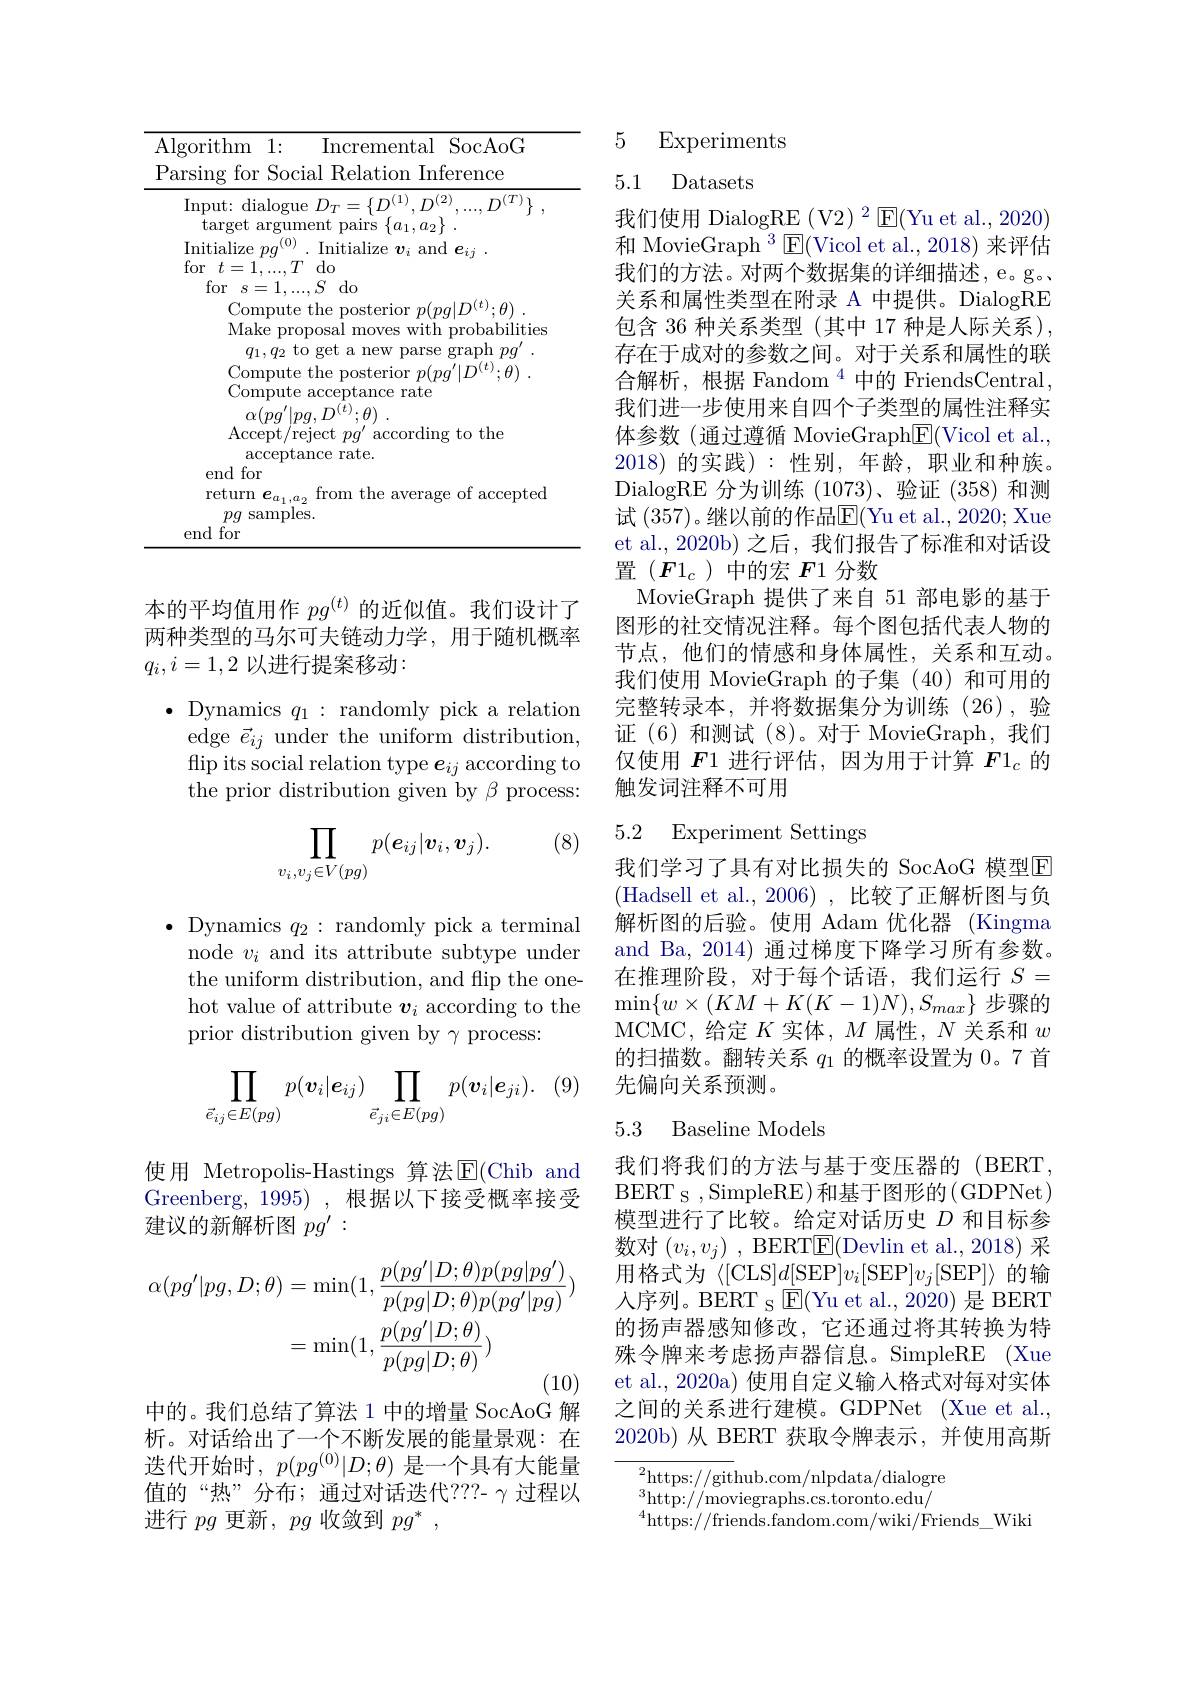
<table>
	<tbody>
		<tr>
			<td>$AI$</td>
			<td>ithm 1: $\therefore$ Incremental SocAoG ng for Social Relation Inference</td>
		</tr>
		<tr>
			<td> </td>
			<td>${\mathrm{out:~dialogue~}}D_{T}=\{D^{(1)},D^{(2)}$ 111 target argument pairs</td>
		</tr>
		<tr>
			<td> </td>
			<td>$\operatorname{tialize}pg$ (0) Initialize $v_i$ and $e_ij$ $f-$ :1. $TT$ $d_{0}$</td>
		</tr>
		<tr>
			<td> </td>
			<td>end for return $e_{a_1,a_2}$ from the average of accepted $pg$ samples. $d$for</td>
		</tr>
	</tbody>
</table>

本的平均值用作$pg^{(t)}$的近似值。我们设计了两种类型的马尔可夫链动力学，用于随机概率$q_i,i=1,2$以进行提案移动：

$\bullet$ Dynamics $q_1:$ randomly pick a relation
edge $\vec{e}_{ij}$ under the uniform distribution, $\operatorname*{flip}$ its social relation type $e_ij$ according to the prior distribution given by $\beta$ process:

(8)
$$\prod_{v_i,v_j\in V(pg)}p(e_{ij}|\boldsymbol{v}_i,\boldsymbol{v}_j).$$
$\bullet$ Dynamics $q_2:$ randomly pick a terminal
node $v_i$ and its attribute subtype under the uniform distribution, and flip the onehot value of attribute $\boldsymbol v_i$ according to the prior distribution given by $\gamma$ process:

(9)
$$\prod_{\vec{e}_{ij}\in E(pg)}p(\boldsymbol{v}_i|\boldsymbol{e}_{ij})\prod_{\vec{e}_{ji}\in E(pg)}p(\boldsymbol{v}_i|\boldsymbol{e}_{ji}).$$
使用 Metropolis-Hastings 算法$\operatorname{E}($Chib and Greenberg, 1995) , 根据以下接受概率接受建议的新解析图$pg^\prime:$
$$\begin{aligned}\alpha(pg^{\prime}|pg,D;\theta)&=\min(1,\frac{p(pg^{\prime}|D;\theta)p(pg|pg^{\prime})}{p(pg|D;\theta)p(pg^{\prime}|pg)})\\&=\min(1,\frac{p(pg^{\prime}|D;\theta)}{p(pg|D;\theta)})\end{aligned}$$
中的。我们总结了算法 1 中的增量 SocAoG 解

析。对话给出了一个不断发展的能量景观：在迭代开始时，$p(pg^{(0)}|D;\theta)$是一个具有大能量值的“热”分布；通过对话迭代？??-γ过程以进行$pg$更新$,pg$收敛到$pg^*$,

## 5 Experiments

5.1 Datasets

我们使用 DialogRE (V2) $^2\operatorname{E}($Yu et al., 2020) 和 MovieGraph $^3\square($Vicol et al.,2018)来评估我们的方法。对两个数据集的详细描述，e。g。关系和属性类型在附录 A 中提供。DialogRE 包含 36 种关系类型 (其中 17 种是人际关系), 存在于成对的参数之间。对于关系和属性的联合解析，根据 Fandom $^{4}$中的 FriendsCentral, 我们进一步使用来自四个子类型的属性注释实体参数 (通过遵循 MovieGraph$\underline{\mathrm{E}}($Vicol et al. 2018)的实践):性别，年龄，职业和种族。DialogRE 分为训练(1073)、验证(358)和测试 (357)。继以前的作品$\boxed{\mathrm{E}}($Yu et al., 2020; Xue et al., 2020b) 之后，我们报告了标准和对话设置($\boldsymbol F1_c$)中的宏$F$1 分数
MovieGraph 提供了来自 51 部电影的基于图形的社交情况注释。每个图包括代表人物的节点，他们的情感和身体属性，关系和互动。我们使用 MovieGraph 的子集 (40)和可用的完整转录本，并将数据集分为训练(26),验证(6)和测试(8)。对于 MovieGraph,我们仅使用$F$1 进行评估，因为用于计算$F1_c$的触发词注释不可用

## 5.2 Experiment Settings

我们学习了具有对比损失的 SocAoG 模型E (Hadsell et al., 2006), 比较了正解析图与负解析图的后验。使用 Adam 优化器 (Kingma and Ba, 2014) 通过梯度下降学习所有参数。在推理阶段，对于每个话语，我们运行$S=$ $\min\{w\times(KM+K(K-1)N),S_{max}\}$步骤的MCMC, 给定$K$实体，$M$属性，$N$关系和$w$ 的扫描数。翻转关系$q_{1}$的概率设置为 0。7 首先偏向关系预测。

## 5.3 Baseline Models

我们将我们的方法与基于变压器的(BERT BERT s , SimpleRE) 和基于图形的(GDPNet) 模型进行了比较。给定对话历史$D$和目标参数对$( v_{i}, v_{j})$ , BERT$\underline{\mathrm{E}}($Devlin et al.,2018) 采用格式为《[CLS]$d[$SEP$]v_i[$SEP$]v_j[$SEP$]\rangle$的输人序列。BERT s $\operatorname{E}($Yu et al.,2020) 是 BERT 的扬声器感知修改，它还通过将其转换为特殊令牌来考虑扬声器信息。SimpleRE (Xue et al., 2020a) 使用自定义输入格式对每对实体之间的关系进行建模。GDPNet (Xue et al. 2020b)从 BERT 获取令牌表示，并使用高斯

${\frac{2}{\mathrm{https://git}}}$hub.com/nlpdata/dialogre $^{3}$http://moviegraphs.cs.toronto.edu/ $^{4}$https://friends.fandom.com/wiki/Friends\_Wiki